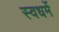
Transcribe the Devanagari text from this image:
स्वधर्मे